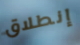
إنطلاق